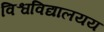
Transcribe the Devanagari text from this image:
विश्वविद्यालयय